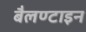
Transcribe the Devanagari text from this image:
बैलण्टाइन